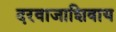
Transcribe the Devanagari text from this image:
दरवाजाशिवाय